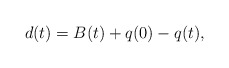
\begin{align*} d(t)=B(t)+q(0)-q(t),\end{align*}